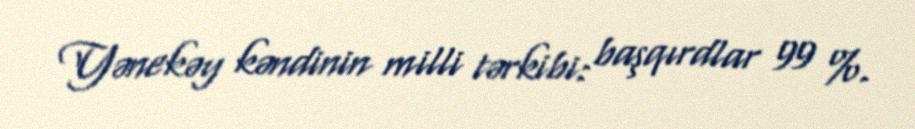
Yənekəy kəndinin milli tərkibi: başqırdlar 99 %.